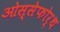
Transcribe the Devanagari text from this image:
ओस्सेफोर्थ